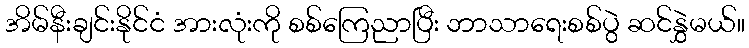
အိမ်နီးချင်းနိုင်ငံ အားလုံးကို စစ်ကြေညာပြီး ဘာသာရေးစစ်ပွဲ ဆင်နွှဲမယ်။